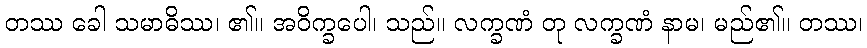
တဿ ခေါ သမာဓိဿ၊ ၏။ အဝိက္ခပေါ၊ သည်။ လက္ခဏံ တု လက္ခဏံ နာမ၊ မည်၏။ တဿ၊